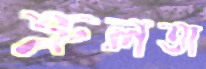
ভ্রুলতা